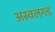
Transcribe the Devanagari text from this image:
अस्वलगड